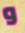
و